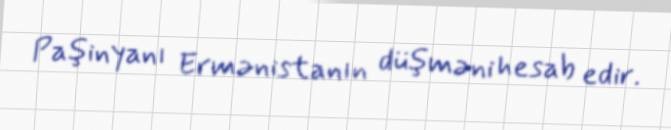
Paşinyanı Ermənistanın düşməni hesab edir.